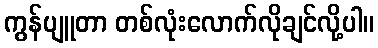
ကွန်ပျူတာ တစ်လုံးလောက်လိုချင်လို့ပါ။